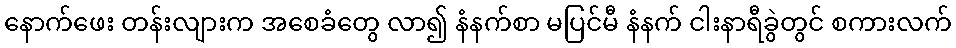
နောက်ဖေး တန်းလျားက အစေခံတွေ လာ၍ နံနက်စာ မပြင်မီ နံနက် ငါးနာရီခွဲတွင် စကားလက်